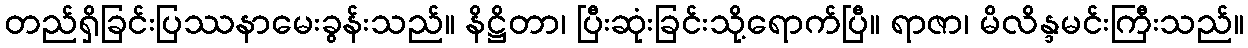
တည်ရှိခြင်းပြဿနာမေးခွန်းသည်။ နိဋ္ဌိတာ၊ ပြီးဆုံးခြင်းသို့ရောက်ပြီ။ ရာဇာ၊ မိလိန္ဒမင်းကြီးသည်။